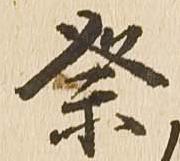
祭